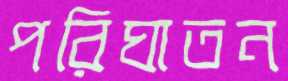
পরিঘাতন